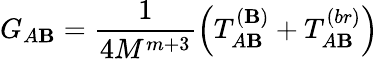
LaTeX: G_{A\mathbf{B}}=\frac{{1}}{{4M^{m+3}}}\left(T_{A\mathbf{B}}^{(\mathbf{B})}+T_{A\mathbf{B}}^{(br)}\right)